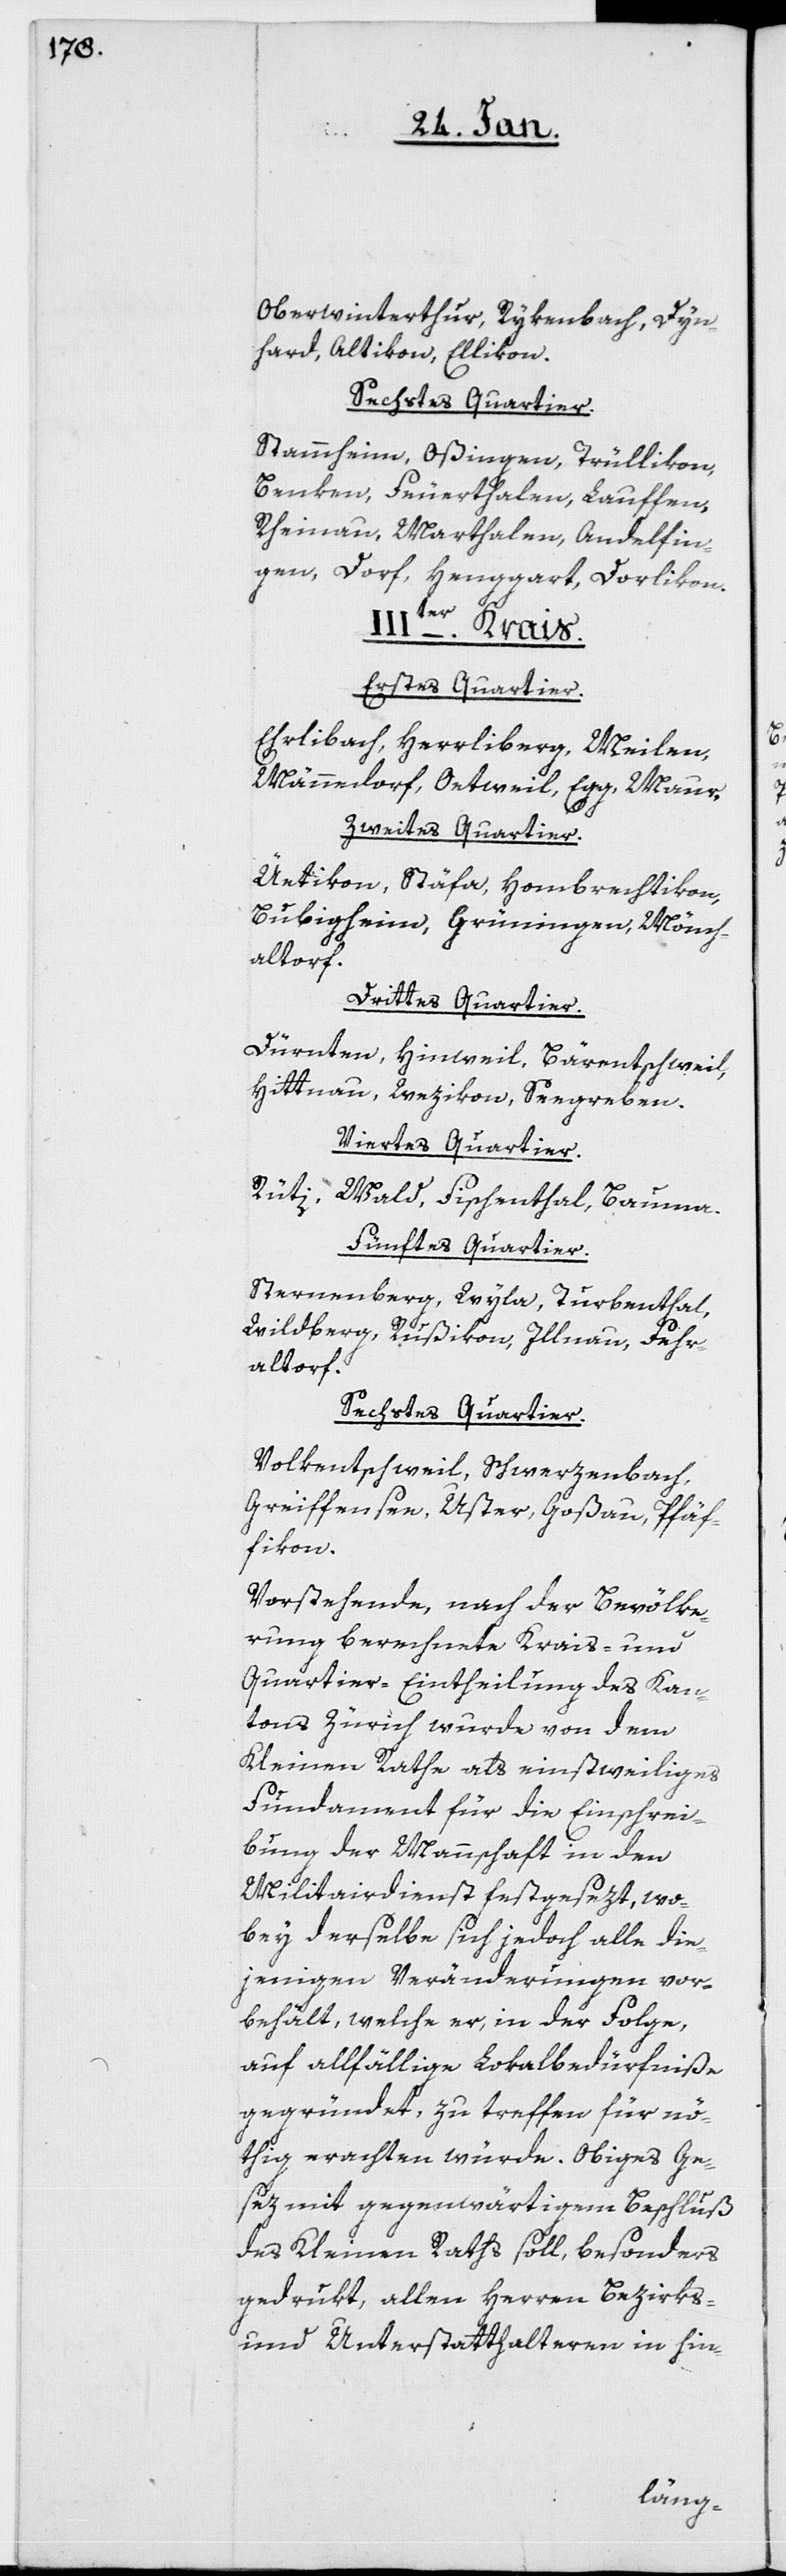
Oberwinterthur, Rykenbach, Dyn¬
hard, Altikon, Ellikon.
Sechstes Quartier.
Stammheim, Oßingen, Trüllikon,
Benken, Feuerthalen, Lauffen,
Rheinau, Marthalen, Andelfin¬
gen, Dorf, Henggart, Dorlikon.
IIIter. Krais.
Erstes Quartier.
Ehrlibach, Herrliberg, Meilen,
Männedorf, Oetwil, Egg, Maur.
Zweites Quartier.
Üetikon, Stäfa, Hombrechtikon,
Bubigheim, Grüningen, Mönch¬
altorf.
Drittes Quartier.
Dürnten, Hinweil, Bärentschweil,
Hittnau, Wetzikon, Seegreben.
Viertes Quartier.
Rüti, Wald, Fischenthal, Bauma.
Fünftes Quartier.
Sternenberg, Wyla, Turbenthal,
Wildberg, Rußikon, Illnau, Fehr¬
altorf.
Sechstes Quartier.
Volkentschweil, Schwerzenbach,
Greiffensee, Uster, Goßau, Pfäf¬
fikon.
Vorstehende, nach der Bevölke¬
rung berechnete Krais- und
Quartier-Eintheilung des Kan¬
tons Zürich wurde von dem
Kleinen Rathe als einstweiliges
Fundament für die Einschrei¬
bung der Mannschaft in den
Militairdienst festgesezt, wo¬
bey derselbe sich jedoch alle die¬
jenigen Veränderungen vor¬
behält, welche er, in der Folge,
auf allfällige Lokalbedürfniße
gegründet, zu treffen für nö¬
thig erachten würde. Obiges Ge¬
sez mit gegenwärtigem Beschluß
des Kleinen Raths soll, besonders
gedrukt, allen Herren Bezirks-
und Unterstatthalteren in hin-